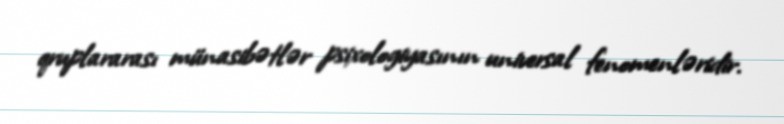
qruplararası münasibətlər psixologiyasının universal fenomenləridir.